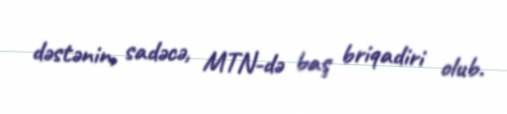
dəstənin, sadəcə, MTN-də baş briqadiri olub.